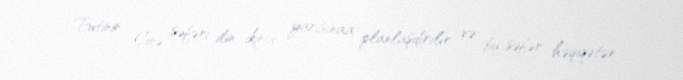
Putinin Çinə səfəri ilin ikinci yarısınaa planlaşdırılır və bu səfər həqiqətən